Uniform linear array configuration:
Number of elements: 24
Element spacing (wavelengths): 0.75
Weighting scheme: hamming
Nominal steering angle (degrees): -30
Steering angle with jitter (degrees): -29.59
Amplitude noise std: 0.05
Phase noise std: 0.05

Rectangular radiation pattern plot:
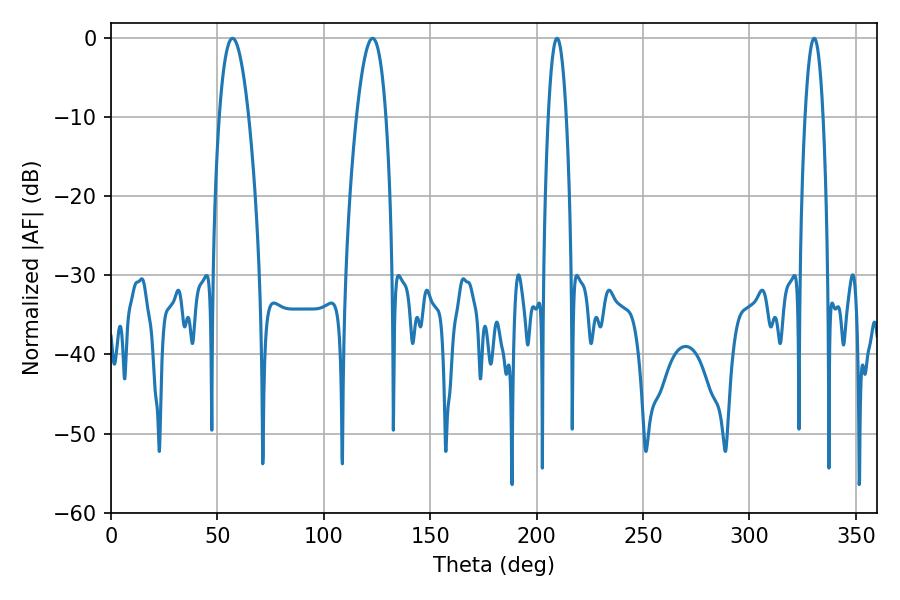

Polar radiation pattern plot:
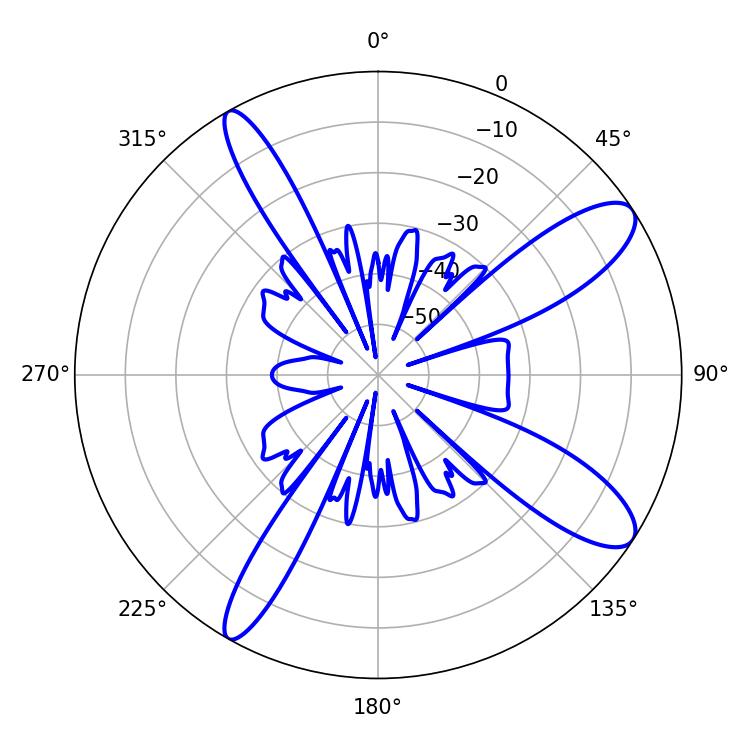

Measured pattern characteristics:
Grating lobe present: TRUE
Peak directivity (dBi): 11.146
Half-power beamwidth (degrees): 7.56
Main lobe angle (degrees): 57.06